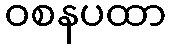
ဝစနပထာ